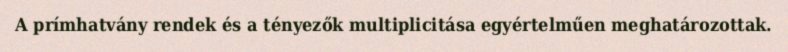
A prímhatvány rendek és a tényezők multiplicitása egyértelműen meghatározottak.